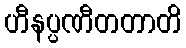
ဟီနပ္ပဏီတတာတိ